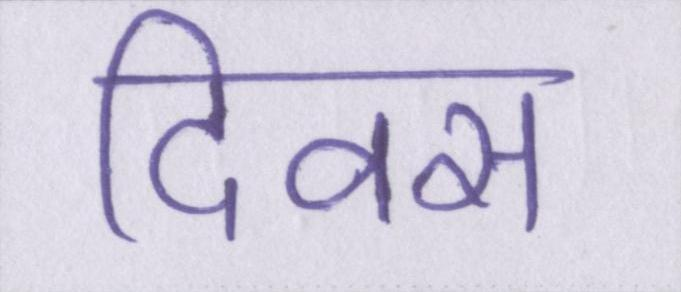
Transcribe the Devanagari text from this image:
दिवस